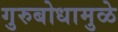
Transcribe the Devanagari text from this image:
गुरुबोधामुळे